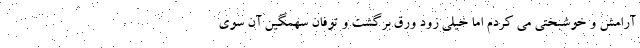
آرامش و خوشبختی می کردم اما خیلی زود ورق برگشت و توفان سهمگین آن سوی